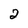
Character: 2